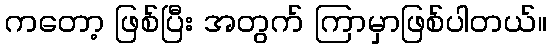
ကတော့ ဖြစ်ပြီး အတွက် ကြာမှာဖြစ်ပါတယ်။